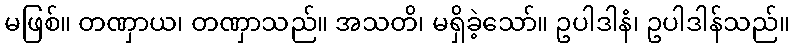
မဖြစ်။ တဏှာယ၊ တဏှာသည်။ အသတိ၊ မရှိခဲ့သော်။ ဥပါဒါနံ၊ ဥပါဒါန်သည်။